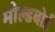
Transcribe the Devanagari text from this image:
मोल्डबोर्ड